Calcutta medical institutions reports 1892-1900
Year: 1892
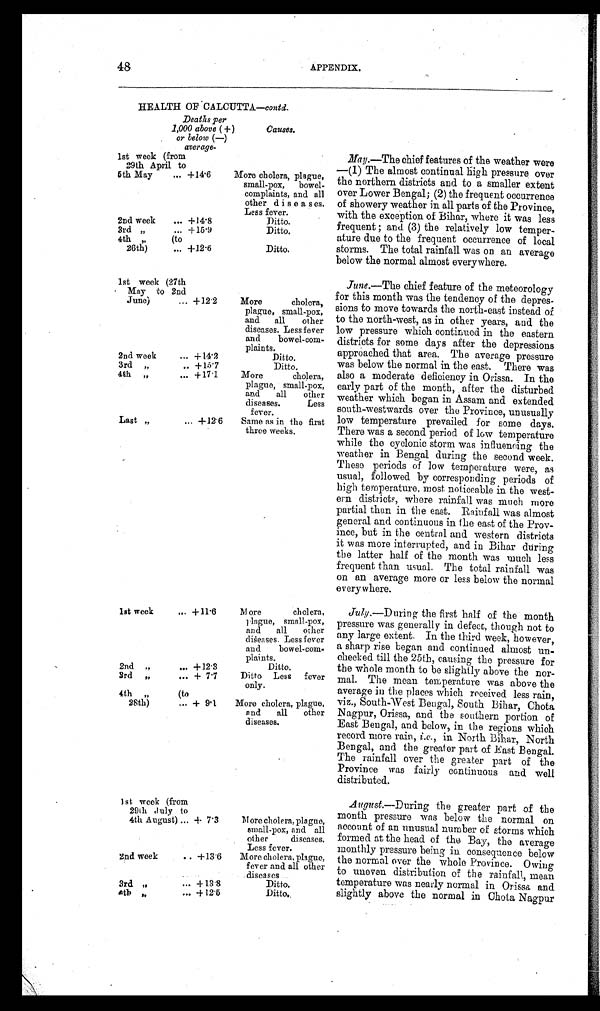
48
APPENDIX.
HEALTH OF CALCUTTA—contd
Deaths per
1,000 above (+)
or below (—)
average-
Causes.
1st week (from
29th April to
5th May
... +14·6
More cholera, plague,
small-pox, bowel-
complaints, and all
other diseases.
Less fever.
2nd week ... +14·8
Ditto.
Ditto.
3rd „
+15·9
4th ,, (to
26th)
... +12·6
Ditto.
1st week (27th
May to 2nd
June)
... +12·2
More
cholera,
plague, small-pox,
and all other
diseases. Less fever
and bowel-com-
plaints.
2nd week
... +14·2
Ditto.
3rd „
.. +15·7
Ditto.
More
cholera,
plague, small-pox,
and all other
diseases.
Less
fever.
4th „
... +17·1
Last „
... +12·6 Same as in the first
three weeks.
1st week
... +11·6
More cholera,
plague, small-pox,
and all other
diśeases. Less fever
and bowel-com-
plaints.
2nd
, ,
. . . +12.3
Ditto.
3rd „
... + 7·7
Ditto Less fever
only.
4th
, ,
( t o
28th)
... + 9·1 More cholera, plague,
and all other
diseases.
1 st. week (from
29th July to
4th August) ... + 7·3
More cholera, plague,
small-pox, and all
other diseases.
Less fever.
2nd week
+13·6 More cholera, plague,
fever and all other
diseases
3rd ,,
+ 1
3 · 8
Ditto.
Ditto.
4th ,,
+12·5
May.—The chief features of the weather were
—(1) The almost continual high pressure over
the northern districts and to a smaller extent
over Lower Bengal; (2) the frequent occurrence
of showery weather in all parts of the Province,
with the exception of Bihar, where it was less
frequent; and (3) the relatively low temper-
ature due to the frequent occurrence of local
storms. The total rainfall was on an average
below the normal almost everywhere.
June.—The chief feature of the meteorology
for this month was the tendency of the depres-
sions to move towards the north-east instead o
f to the north-west, as in other years, and the
low pressure which continued in the eastern
districts for some days after the depressions
approached that area. The average pressure
was below the normal in the east. There was
also a moderate deficiency in Orissa. In the
early part of the month, after the disturbed
weather which began in Assam and extended
south-westwards over the Province, unusually
low temperature prevailed for some days.
There was a second period of low temperature
while the cyclonic storm was influencing the
weather in Bengal during the second week.
These periods of low temperature were, as
usual, followed by corresponding periods of
high temperature, most noticeable in the west-
ern districts, where rainfall was much more
partial than in the east. Rainfall was almost
general and continuous in the east of the Prov-
ince, but in the central and western districts
it was more interrupted, and in Bihar during
the latter half of the month was much less
frequent than usual. The total rainfall was
on an average more or less below the normal
everywhere.
July. —Dur i ng, t he f i r s t hal f of t he mont h
pressure was generally in defect, though not to
any large extent. In the third week, however,
a sharp rise began and continued almost un-
checked till the 25th, causing the pressure for
the whole month to be slightly above the nor-
mal. The mean temperature was above the
average in the places which received less rain,
viz., South-West Bengal, South Bihar, Chota
Nagpur, Orissa, and the southern portion of
East Bengal, and below, in the regions which
record more rain, i.e., in North Bihar, North
Bengal, and the greater part of East Bengal.
The rainfall over the greater part of the
Province was fairly continuous and well
distributed.
August.—During the greater part of the
month pressure was below the normal on
account of an unusual number of storms which
formed at the head of the Bay, the average
monthly pressure being in consequence below
the normal over the whole Province. Owing
to uneven distribution of the rainfall, mean
temperature was nearly normal in Orissa and
slightly above the normal in Chota Nagpur